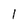
Character: l